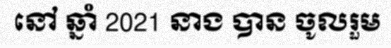
នៅ ឆ្នាំ 2021 នាង បាន ចូលរួម